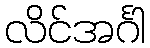
လိင်အင်္ဂါ